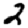
Digit: 2